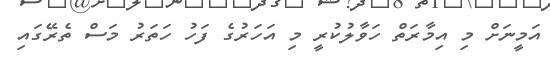
އަމީނަށް މި އިމާރަތް ހަވާލުކުރީ މި އަހަރުގެ ފަހު ހަތަރު މަސް ތެރޭގައި